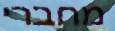
מחברי